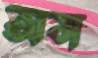
অস